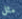
مثل